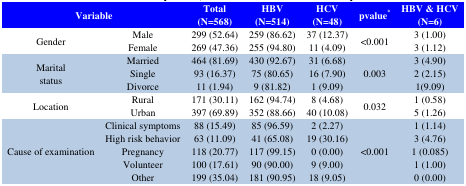
<table><thead><tr><td colspan="2"><b>Variable</b></td><td><b>Total(N=568)</b></td><td><b>HBV(N=514)</b></td><td><b>HCV(N=48)</b></td><td><b>pvalue*</b></td><td><b>HBV &amp; HCV(N=6)</b></td></tr></thead><tbody><tr><td rowspan="2">Gender</td><td>Male</td><td>299 (52.64)</td><td>259 (86.62)</td><td>37 (12.37)</td><td rowspan="2">&lt;0.001</td><td>3 (1.00)</td></tr><tr><td>Female</td><td>269 (47.36)</td><td>255 (94.80)</td><td>11 (4.09)</td><td>3 (1.12)</td></tr><tr><td rowspan="3">Maritalstatus</td><td>Married</td><td>464 (81.69)</td><td>430 (92.67)</td><td>31 (6.68)</td><td rowspan="3">0.003</td><td>3 (4.90)</td></tr><tr><td>Single</td><td>93 (16.37)</td><td>75 (80.65)</td><td>16 (7.90)</td><td>2 (2.15)</td></tr><tr><td>Divorce</td><td>11 (1.94)</td><td>9 (81.82)</td><td>1 (9.09)</td><td>1(9.09)</td></tr><tr><td rowspan="2">Location</td><td>Rural</td><td>171 (30.11)</td><td>162 (94.74)</td><td>8 (4.68)</td><td rowspan="2">0.032</td><td>1 (0.58)</td></tr><tr><td>Urban</td><td>397 (69.89)</td><td>352 (88.66)</td><td>40 (10.08)</td><td>5 (1.26)</td></tr><tr><td rowspan="5">Cause of examination</td><td>Clinical symptoms</td><td>88 (15.49)</td><td>85 (96.59)</td><td>2 (2.27)</td><td rowspan="5">&lt;0.001</td><td>1 (1.14)</td></tr><tr><td>High risk behavior</td><td>63 (11.09)</td><td>41 (65.08)</td><td>19 (30.16)</td><td>3 (4.76)</td></tr><tr><td>Pregnancy</td><td>118 (20.77)</td><td>117 (99.15)</td><td>0 (0.00)</td><td>1 (0.085)</td></tr><tr><td>Volunteer</td><td>100 (17.61)</td><td>90 (90.00)</td><td>9 (9.00)</td><td>1 (1.00)</td></tr><tr><td>Other</td><td>199 (35.04)</td><td>181 (90.95)</td><td>18 (9.05)</td><td>0 (0.00)</td></tr></tbody></table>